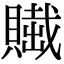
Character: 𧷲